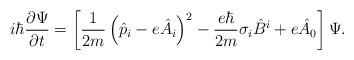
LaTeX: \begin{align*}i\hbar \frac{\partial \Psi}{\partial t} = \left [ \frac{1}{2m}\left (\hat{p}_i -e \hat{A}_i \right )^2- \frac{e\hbar}{2m}\sigma_i \hat{B}^i +e\hat{A}_0\right ] \Psi.\end{align*}